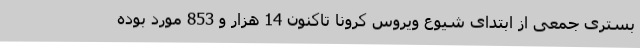
بستری جمعی از ابتدای شیوع ویروس کرونا تاکنون 14 هزار و 853 مورد بوده